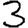
Digit: 3